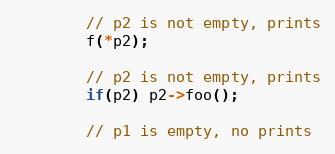
Language: C++
        // p2 is not empty, prints
        f(*p2);

        // p2 is not empty, prints
        if(p2) p2->foo();

        // p1 is empty, no prints